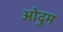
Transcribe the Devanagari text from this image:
ओदुम